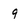
Character: q